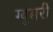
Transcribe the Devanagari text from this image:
ग्युमरी